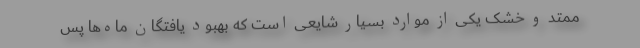
ممتد و خشک یکی از موارد بسیار شایعی است که بهبود یافتگان ماه‌ها پس